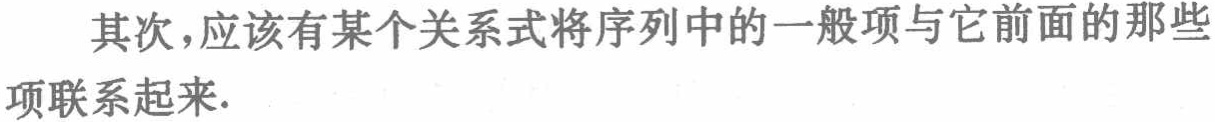
其次，应该有某个关系式将序列中的一般项与它前面的那些项联系起来.